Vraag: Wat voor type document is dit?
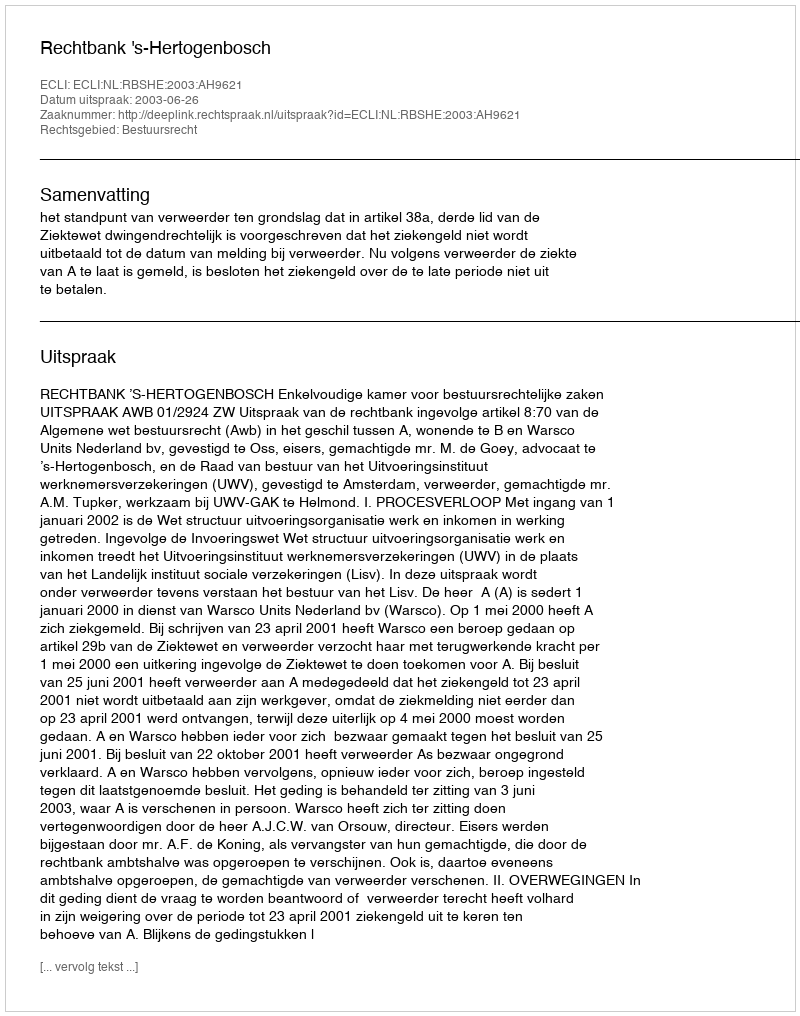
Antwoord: Uitspraak